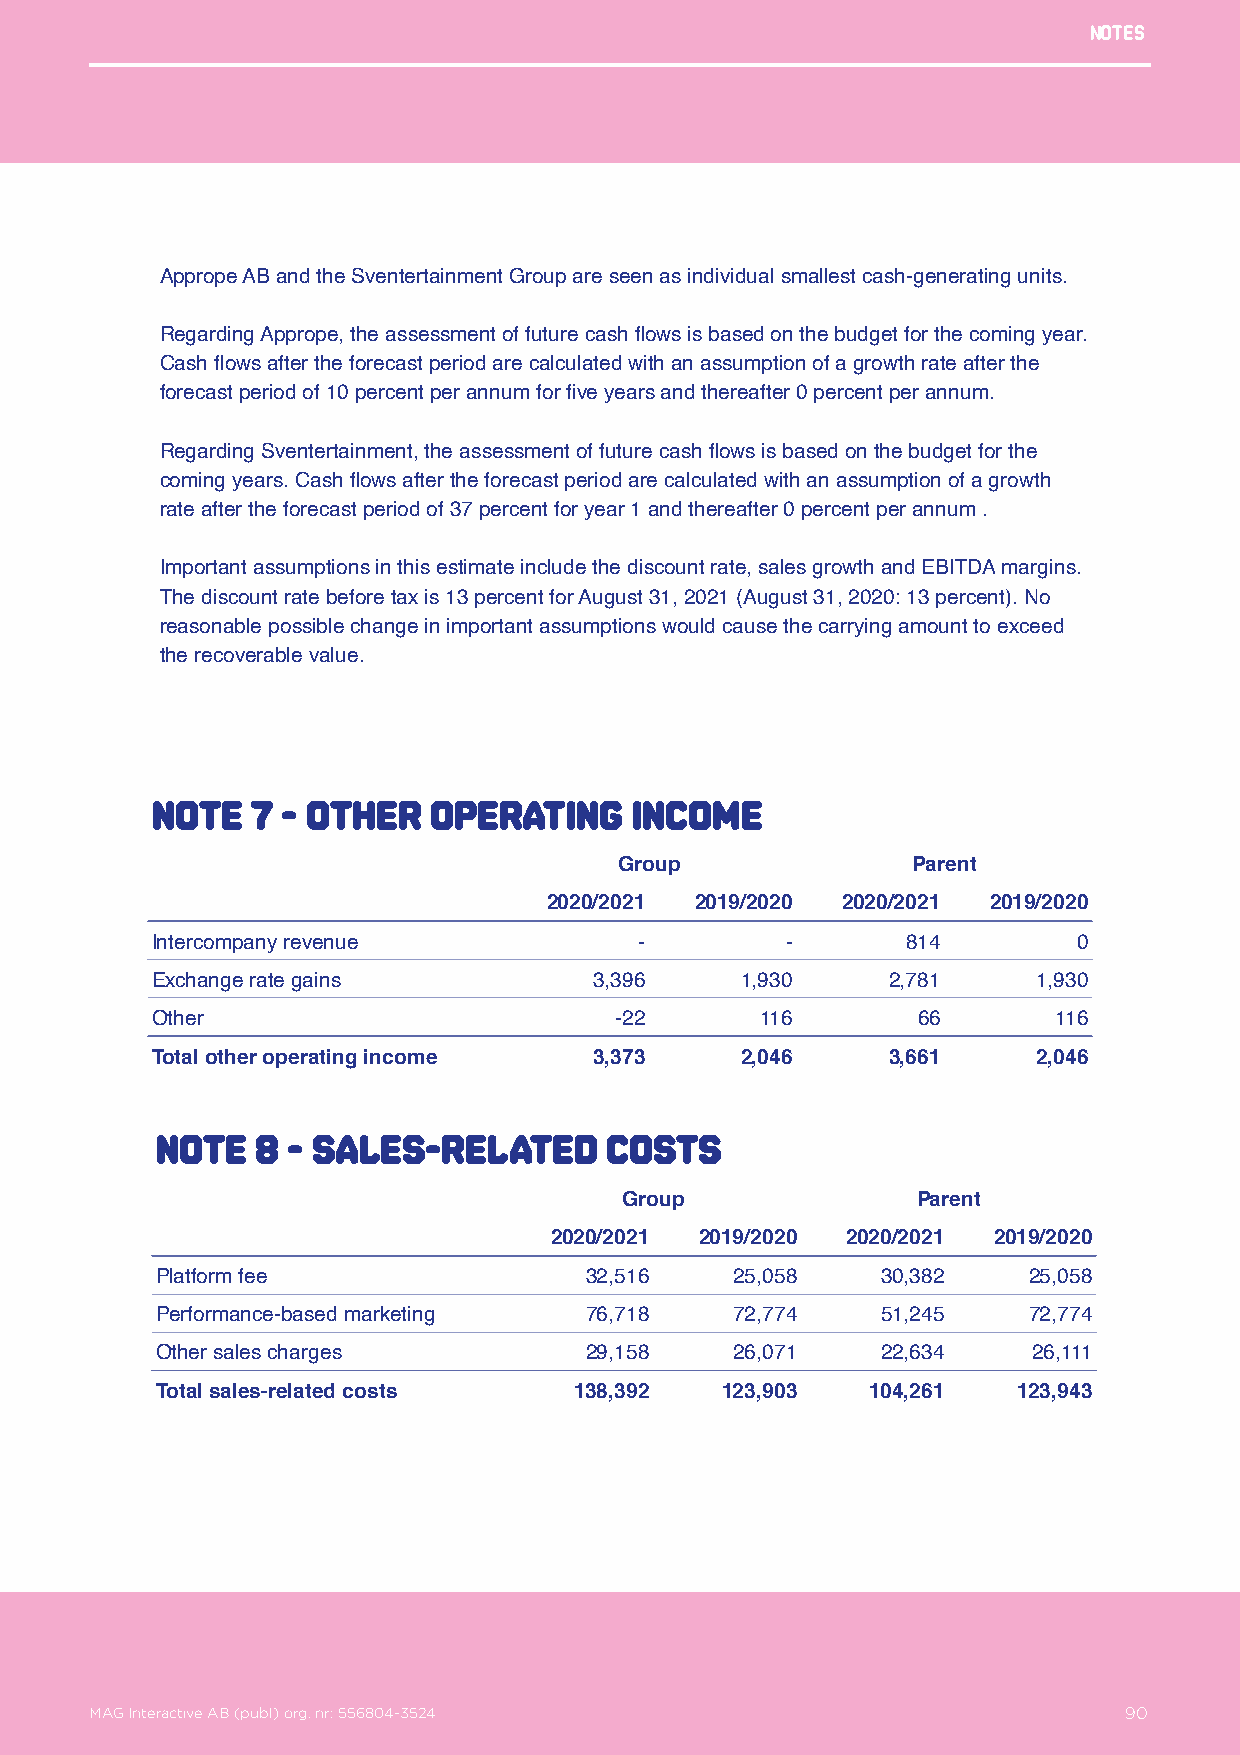
Notes
 Apprope AB and the Sventertainment Group are seen as individual smallest cash-generating units.
 Regarding Apprope, the assessment of future cash flows is based on the budget for the coming year.
 Cash flows after the forecast period are calculated with an assumption of a growth rate after the
 forecast period of 10 percent per annum for five years and thereafter 0 percent per annum.
 Regarding Sventertainment, the assessment of future cash flows is based on the budget for the
 coming years. Cash flows after the forecast period are calculated with an assumption of a growth
 rate after the forecast period of 37 percent for year 1 and thereafter 0 percent per annum .
 Important assumptions in this estimate include the discount rate, sales growth and EBITDA margins.
 The discount rate before tax is 13 percent for August 31, 2021 (August 31, 2020: 13 percent). No
 reasonable possible change in important assumptions would cause the carrying amount to exceed
 the recoverable value.
 Note   7 - Other  operating     income
 Group              Parent
 2020/2021 2019/2020 2020/2021 2019/2020
 Intercompany revenue            -         -       814        0
 Exchange rate gains          3,396     1,930     2,781     1,930
 Other                          -22      116        66       116
 Total other operating income 3,373     2,046     3,661     2,046
 Note   8 - Sales-related      costs
 Group               Parent
 2020/2021 2019/2020 2020/2021 2019/2020
 Platform fee                 32,516    25,058   30,382    25,058
 Performance-based marketing  76,718    72,774   51,245    72,774
 Other sales charges          29,158    26,071   22,634    26,111
 Total sales-related costs   138,392   123,903   104,261  123,943
 MAG Interactive AB (publ) org. nr: 556804-3524                   90
 MAG Interactive AB (publ) org. nr: 556804-3524                      90